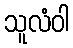
သူလံဝါ